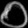
Digit: ၀